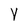
Character: Y